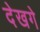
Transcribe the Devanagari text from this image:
देखगे